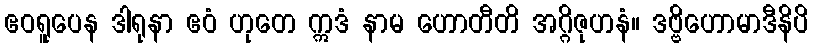
ဧဝရူပေန ဒါရုနာ ဧဝံ ဟုတေ ဣဒံ နာမ ဟောတီတိ အဂ္ဂိဇုဟနံ။ ဒဗ္ဗိဟောမာဒီနိပိ